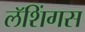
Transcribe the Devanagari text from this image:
लॅशिंगस